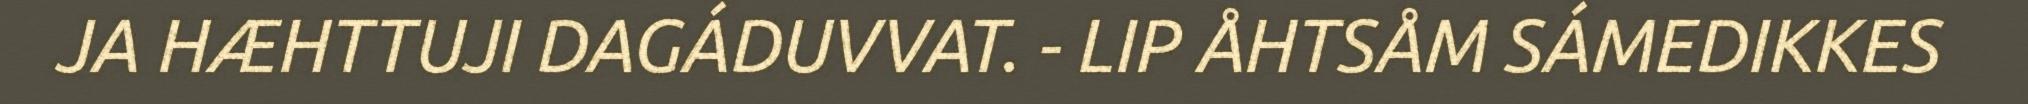
JA HÆHTTUJI DAGÁDUVVAT. - LIP ÅHTSÅM SÁMEDIKKES